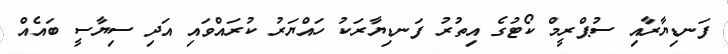
ފަނޑިޔާރާއި ސުޕްރީމް ކޯޓުގެ އިތުރު ފަނޑިޔާރަކު ހައްޔަރު ކުރައްވައި އަދި ސިޔާސީ ބައެއް